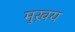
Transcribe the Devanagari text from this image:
मुख़य